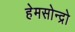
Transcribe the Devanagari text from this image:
हेमसोन्द्रो